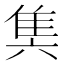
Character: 䧶